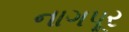
નાગપૂર